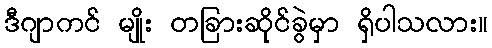
ဒီဂျာကင် မျိုး တခြားဆိုင်ခွဲမှာ ရှိပါသလား။